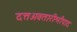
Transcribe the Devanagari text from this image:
दत्तअवतारीश्रीपाद